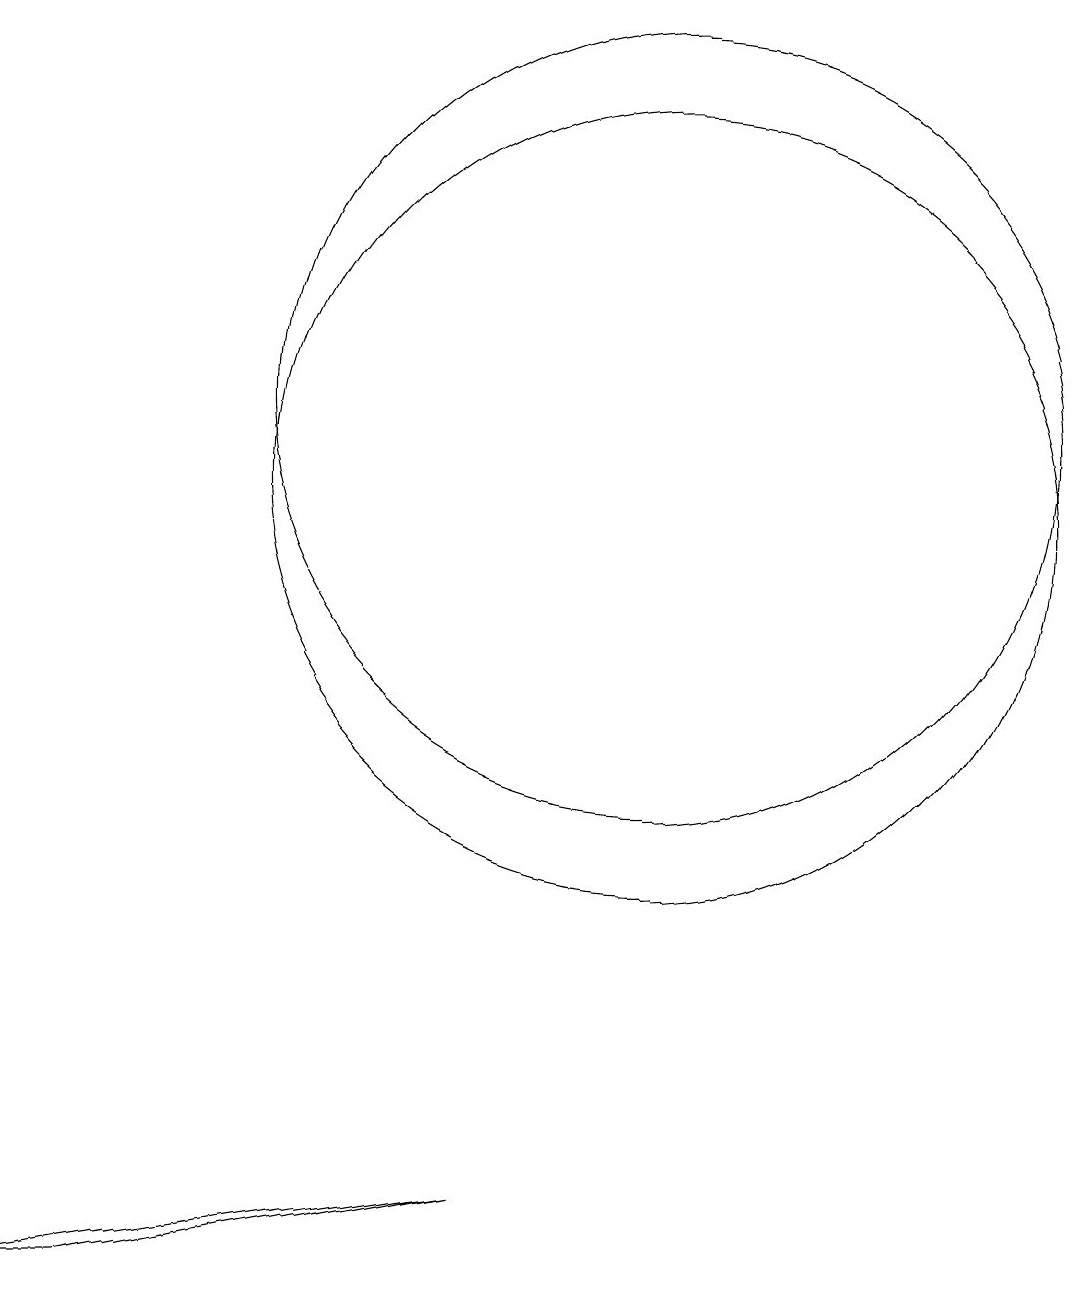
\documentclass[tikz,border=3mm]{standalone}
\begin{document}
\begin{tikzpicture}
\draw (3,1) -- (4,1) -- (9,2) -- cycle;
\draw (11,12) circle (5);
\draw (11,11) circle (5);
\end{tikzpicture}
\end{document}